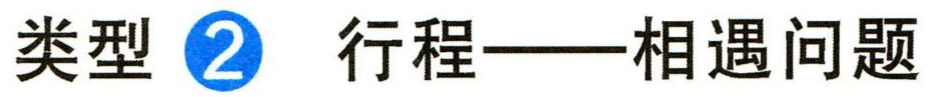
类型 \textcircled{2} 行程——相遇问题